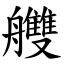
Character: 艭